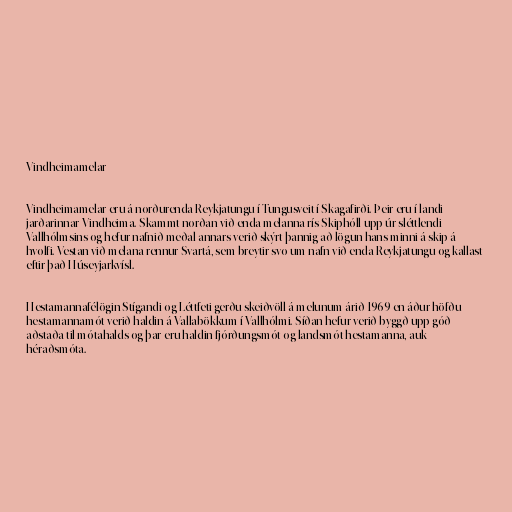
Vindheimamelar

Vindheimamelar eru á norðurenda Reykjatungu í Tungusveit í Skagafirði. Þeir eru í landi
jarðarinnar Vindheima. Skammt norðan við enda melanna rís Skiphóll upp úr sléttlendi
Vallhólmsins og hefur nafnið meðal annars verið skýrt þannig að lögun hans minni á skip á
hvolfi. Vestan við melana rennur Svartá, sem breytir svo um nafn við enda Reykjatungu og kallast
eftir það Húseyjarkvísl.

Hestamannafélögin Stígandi og Léttfeti gerðu skeiðvöll á melunum árið 1969 en áður höfðu
hestamannamót verið haldin á Vallabökkum í Vallhólmi. Síðan hefur verið byggð upp góð
aðstaða til mótahalds og þar eru haldin fjórðungsmót og landsmót hestamanna, auk
héraðsmóta.